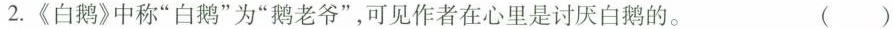
2.《白鹅》中称”白鹅”为”鹅老爷”，可见作者在心里是讨厌白鹅的。 ()